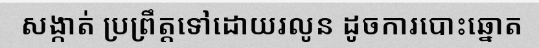
សង្កាត់ ប្រព្រឹត្តទៅដោយរលូន ដូចការបោះឆ្នោត